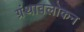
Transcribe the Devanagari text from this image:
ग्रंथावलोकन